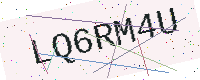
Text: LQ6RM4U